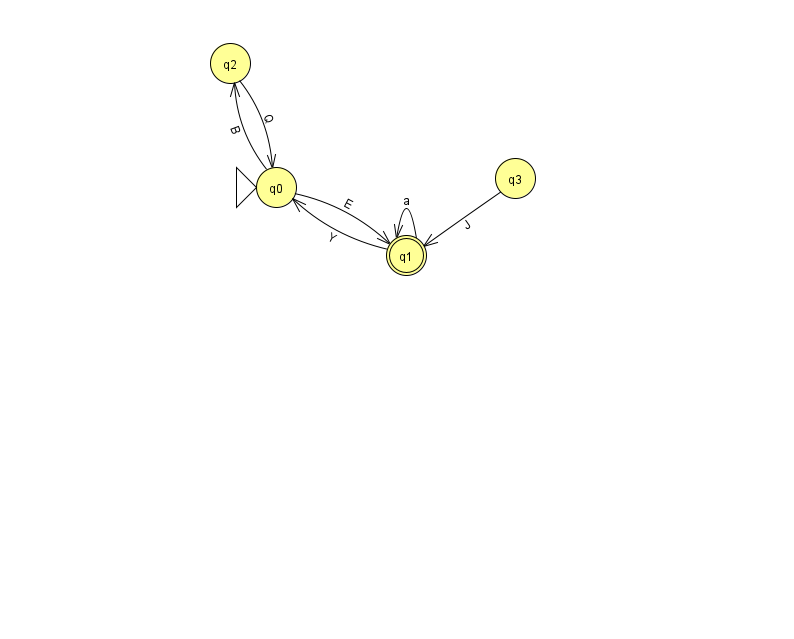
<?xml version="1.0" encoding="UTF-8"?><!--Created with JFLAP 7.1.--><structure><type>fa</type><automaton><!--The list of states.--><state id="0" name="q0"><x>276.0</x><y>174.0</y><initial/></state><state id="1" name="q1"><x>406.0</x><y>242.0</y><final/></state><state id="2" name="q2"><x>230.0</x><y>50.0</y></state><state id="3" name="q3"><x>515.0</x><y>165.0</y></state><!--The list of transitions.--><transition><from>0</from><to>2</to><read>B</read></transition><transition><from>1</from><to>1</to><read>a</read></transition><transition><from>0</from><to>1</to><read>E</read></transition><transition><from>2</from><to>0</to><read>Q</read></transition><transition><from>3</from><to>1</to><read>J</read></transition><transition><from>1</from><to>0</to><read>Y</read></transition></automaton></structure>